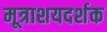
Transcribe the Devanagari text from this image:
मूत्राशयदर्शक